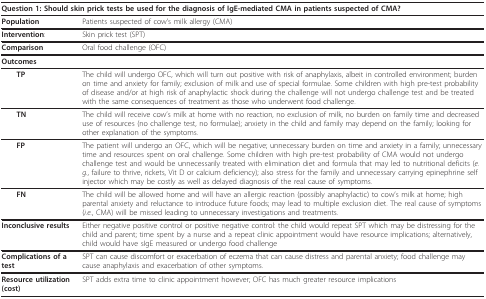
<table><thead><tr><td colspan="2"><b>Question 1: Should skin prick tests be used for the diagnosis of IgE-mediated CMA in patients suspected of CMA?</b></td></tr></thead><tbody><tr><td><b>Population</b></td><td>Patients suspected of cow&#x27;s milk allergy (CMA)</td></tr><tr><td><b>Intervention</b>:</td><td>Skin prick test (SPT)</td></tr><tr><td><b>Comparison</b></td><td>Oral food challenge (OFC)</td></tr><tr><td><b>Outcomes</b></td><td></td></tr><tr><td> <b>TP</b></td><td>The child will undergo OFC, which will turn out positive with risk of anaphylaxis, albeit in controlled environment; burden on time and anxiety for family; exclusion of milk and use of special formulae. Some children with high pre-test probability of disease and/or at high risk of anaphylactic shock during the challenge will not undergo challenge test and be treated with the same consequences of treatment as those who underwent food challenge.</td></tr><tr><td> <b>TN</b></td><td>The child will receive cow&#x27;s milk at home with no reaction, no exclusion of milk, no burden on family time and decreased use of resources (no challenge test, no formulae); anxiety in the child and family may depend on the family; looking for other explanation of the symptoms.</td></tr><tr><td> <b>FP</b></td><td>The patient will undergo an OFC, which will be negative; unnecessary burden on time and anxiety in a family; unnecessary time and resources spent on oral challenge. Some children with high pre-test probability of CMA would not undergo challenge test and would be unnecessarily treated with elimination diet and formula that may led to nutritional deficits (<i>e.g.</i>, failure to thrive, rickets, Vit D or calcium deficiency); also stress for the family and unnecessary carrying epinephrine self injector which may be costly as well as delayed diagnosis of the real cause of symptoms.</td></tr><tr><td> <b>FN</b></td><td>The child will be allowed home and will have an allergic reaction (possibly anaphylactic) to cow&#x27;s milk at home; high parental anxiety and reluctance to introduce future foods; may lead to multiple exclusion diet. The real cause of symptoms (<i>i.e.</i>, CMA) will be missed leading to unnecessary investigations and treatments.</td></tr><tr><td><b>Inconclusive results</b></td><td>Either negative positive control or positive negative control: the child would repeat SPT which may be distressing for the child and parent; time spent by a nurse and a repeat clinic appointment would have resource implications; alternatively, child would have sIgE measured or undergo food challenge</td></tr><tr><td><b>Complications of a test</b></td><td>SPT can cause discomfort or exacerbation of eczema that can cause distress and parental anxiety; food challenge may cause anaphylaxis and exacerbation of other symptoms.</td></tr><tr><td><b>Resource utilization (cost)</b></td><td>SPT adds extra time to clinic appointment however; OFC has much greater resource implications</td></tr></tbody></table>